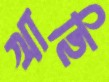
খাছি